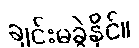
ချင်းမခွဲနိုင်။